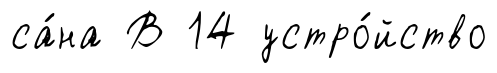
са́на В 14 устро́йство